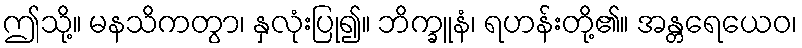
ဤသို့။ မနသိကတွာ၊ နှလုံးပြု၍။ ဘိက္ခူနံ၊ ရဟန်းတို့၏။ အန္တရေယေဝ၊